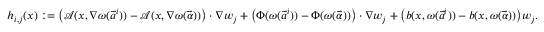
h _ { i , j } ( x ) : = \big ( { \mathcal { A } } ( x , \nabla \omega ( \vec { a } ^ { i } ) ) - { \mathcal { A } } ( x , \nabla \omega ( \vec { \alpha } ) ) \big ) \cdot \nabla w _ { j } + \big ( \Phi ( \omega ( \vec { a } ^ { i } ) ) - \Phi ( \omega ( \vec { \alpha } ) ) \big ) \cdot \nabla w _ { j } + \big ( b ( x , \omega ( \vec { a } ^ { i } ) ) - b ( x , \omega ( \vec { \alpha } ) ) \big ) w _ { j } .